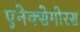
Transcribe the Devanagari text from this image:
एनेक्सेगोरस